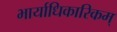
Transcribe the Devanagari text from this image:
भार्याधिकारिकम्